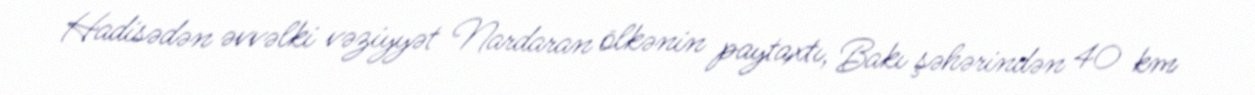
Hadisədən əvvəlki vəziyyət Nardaran ölkənin paytaxtı, Bakı şəhərindən 40 km